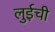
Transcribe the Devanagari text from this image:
लुईची